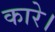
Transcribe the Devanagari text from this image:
कारे।